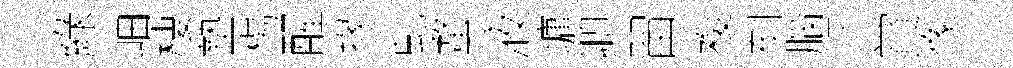
綠岫棲墊楊醒掾虬蝥液墉卿㽞複刻腦汗賞像